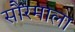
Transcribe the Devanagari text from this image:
सौरमाला